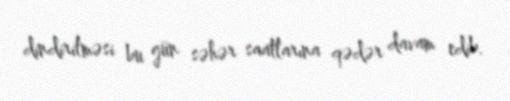
dindirilməsi bu gün səhər saatlarına qədər davam edib.